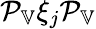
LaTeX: \mathcal{P}_{\mathbb{V}}\xi_{j}\mathcal{P}_{\mathbb{V}}